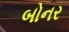
બોનર